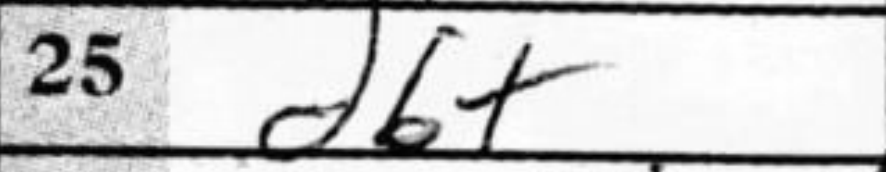
Transcription: d6+